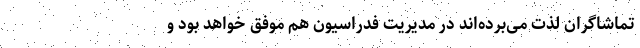
تماشاگران لذت می‌بُرده‌اند در مدیریت فدراسیون هم موفق خواهد بود و